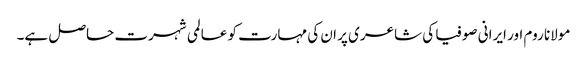
مولانا روم اور ایرانی صوفیا کی شاعری پر ان کی مہارت کو عالمی شہرت حاصل ہے۔